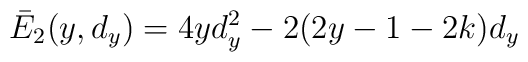
\bar{E}_2 (y, d_y) = 4yd_y^2 - 2(2y-1-2k) d_y